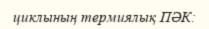
циклының термиялық ПӘК: